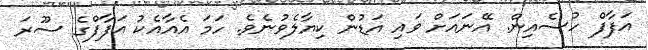
އަފާފް ހުސެއިން. އޭނައަށް ވައި އަޑުން ކިޔާލެވުނެވެ. ހަމަ އެއާއެކު އަފާފްގެ ސޫރަ